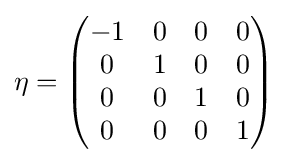
\eta ={\begin{pmatrix}-1&0&0&0\\0&1&0&0\\0&0&1&0\\0&0&0&1\end{pmatrix}}